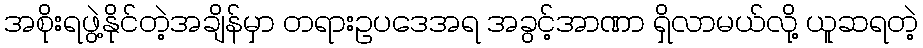
အစိုးရဖွဲ့နိုင်တဲ့အချိန်မှာ တရားဥပဒေအရ အခွင့်အာဏာ ရှိလာမယ်လို့ ယူဆရတဲ့